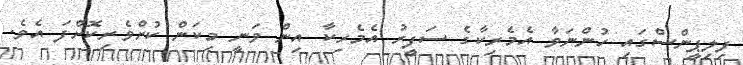
ފިލިޕީންސްގައި ހުންނަވާ އެމެރިކާގެ ސަފީރު އެމެރިކާ އިން ވަނީ މިކަން ކުށްވެރިކޮށްފަ އެވެ.